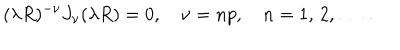
LaTeX: ( \lambda R ) ^ { - \nu } J _ { \nu } ( \lambda R ) = 0 , \quad \nu = n p , \quad n = 1 , \, 2 , \, \ldots \, { . }